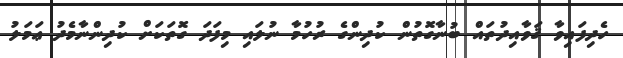
ހެދިފައިވާ ޤަވާއިދުތައް ބުނާގޮތުން ކުދިންގެ ރުހުމާ ނުލައި މިފަދަ ގޮތަކަށް ކުދިންނާމެދު ޢަމަލު